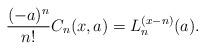
LaTeX: \begin{align*}\frac{(-a)^n}{n!}C_n(x,a) = L_n^{(x-n)}(a). \end{align*}